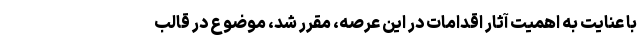
با عنایت به اهمیت آثار اقدامات در این عرصه، مقرر شد، موضوع در قالب